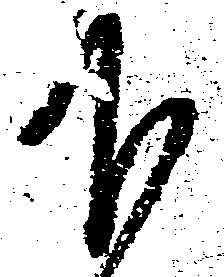
下